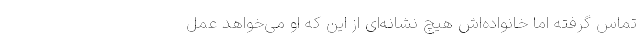
تماس گرفته اما خانواده‌اش هیچ نشانه‌ای از این که او می‌خواهد عمل